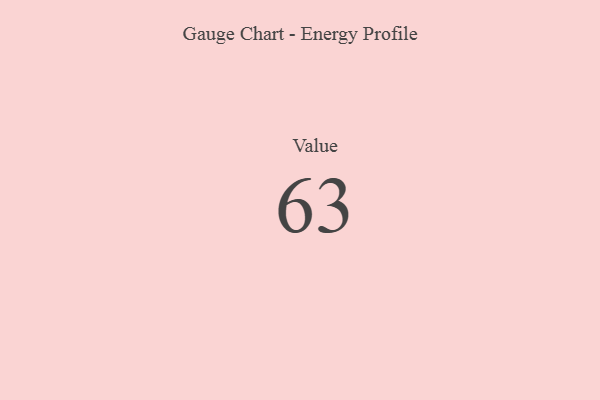
{"axis": {"x": "Metric", "y": "Value"}, "legend": [""], "data": [{"x": "Value", "y": 63, "type": ""}]}